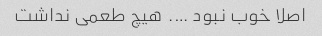
اصلا خوب نبود …. هیچ طعمی نداشت